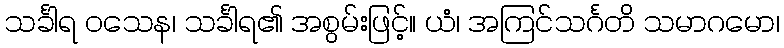
သင်္ခါရ ဝသေန၊ သင်္ခါရ၏ အစွမ်းဖြင့်။ ယံ၊ အကြင်သင်္ဂတိ သမာဂမော၊